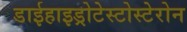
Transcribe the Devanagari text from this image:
डाईहाइड्रोटेस्टोस्टेरोन